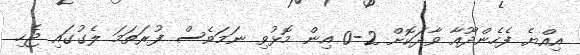
އިއްޔެ ފެހެންދޫއާ ވާދަކޮށް 2-0 އިން މޮޅުވި ނަމަވެސް ފުރަތަމަ ލެގުގައި ޖެހި